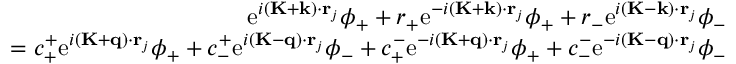
\begin{array} { r } { \mathrm { e } ^ { i ( \mathbf { K } + \mathbf { k } ) \cdot \mathbf { r } _ { j } } \phi _ { + } + r _ { + } \mathrm { e } ^ { - i ( \mathbf { K } + \mathbf { k } ) \cdot \mathbf { r } _ { j } } \phi _ { + } + r _ { - } \mathrm { e } ^ { i ( \mathbf { K } - \mathbf { k } ) \cdot \mathbf { r } _ { j } } \phi _ { - } } \\ { = c _ { + } ^ { + } \mathrm { e } ^ { i ( \mathbf { K } + \mathbf { q } ) \cdot \mathbf { r } _ { j } } \phi _ { + } + c _ { - } ^ { + } \mathrm { e } ^ { i ( \mathbf { K } - \mathbf { q } ) \cdot \mathbf { r } _ { j } } \phi _ { - } + c _ { + } ^ { - } \mathrm { e } ^ { - i ( \mathbf { K } + \mathbf { q } ) \cdot \mathbf { r } _ { j } } \phi _ { + } + c _ { - } ^ { - } \mathrm { e } ^ { - i ( \mathbf { K } - \mathbf { q } ) \cdot \mathbf { r } _ { j } } \phi _ { - } } \end{array}